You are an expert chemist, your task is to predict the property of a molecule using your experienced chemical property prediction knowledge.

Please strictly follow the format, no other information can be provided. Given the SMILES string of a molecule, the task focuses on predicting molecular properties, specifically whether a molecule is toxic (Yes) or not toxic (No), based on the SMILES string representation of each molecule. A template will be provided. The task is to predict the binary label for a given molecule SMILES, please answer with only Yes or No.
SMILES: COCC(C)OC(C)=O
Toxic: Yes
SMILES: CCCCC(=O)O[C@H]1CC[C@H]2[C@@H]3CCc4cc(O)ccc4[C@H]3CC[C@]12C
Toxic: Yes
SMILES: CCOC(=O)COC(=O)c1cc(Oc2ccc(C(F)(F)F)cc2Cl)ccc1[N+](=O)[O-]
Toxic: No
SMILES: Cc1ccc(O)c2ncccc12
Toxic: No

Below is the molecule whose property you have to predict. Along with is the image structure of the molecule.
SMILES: Nc1ccc(C(=O)Nc2ccccc2N)cc1
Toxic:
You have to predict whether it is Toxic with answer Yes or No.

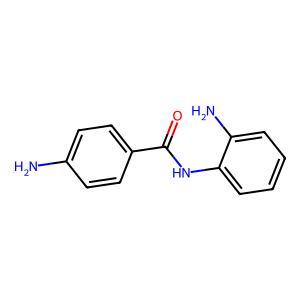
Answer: Yes